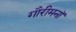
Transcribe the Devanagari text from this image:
गौरीमनॉ